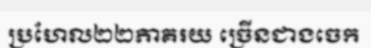
ប្រហែល២២ភាគរយ ច្រើនជាងចេក